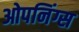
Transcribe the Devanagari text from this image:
ओपनिंग्स